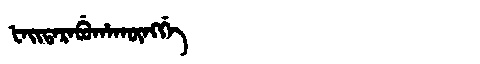
Manchu: ᡶᠠᡳᡨᠠᡵᠠᠪᡠᡥᠠᡴᡡᠩᡤᡝ
Romanization: FAITARABUHAKŪNGGE